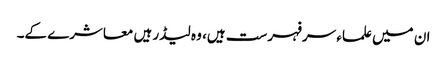
ان میں علماء سرفہرست ہیں، وہ لیڈر ہیں معاشرے کے۔